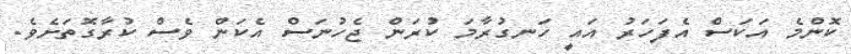
ކޮންމެ އަކަސް އެފަހަރު އައީ ހަނގުރާމަ ކުރަން ޖެހުނަސް އެކަން ވެސް ކުރާގޮތަށެވެ.